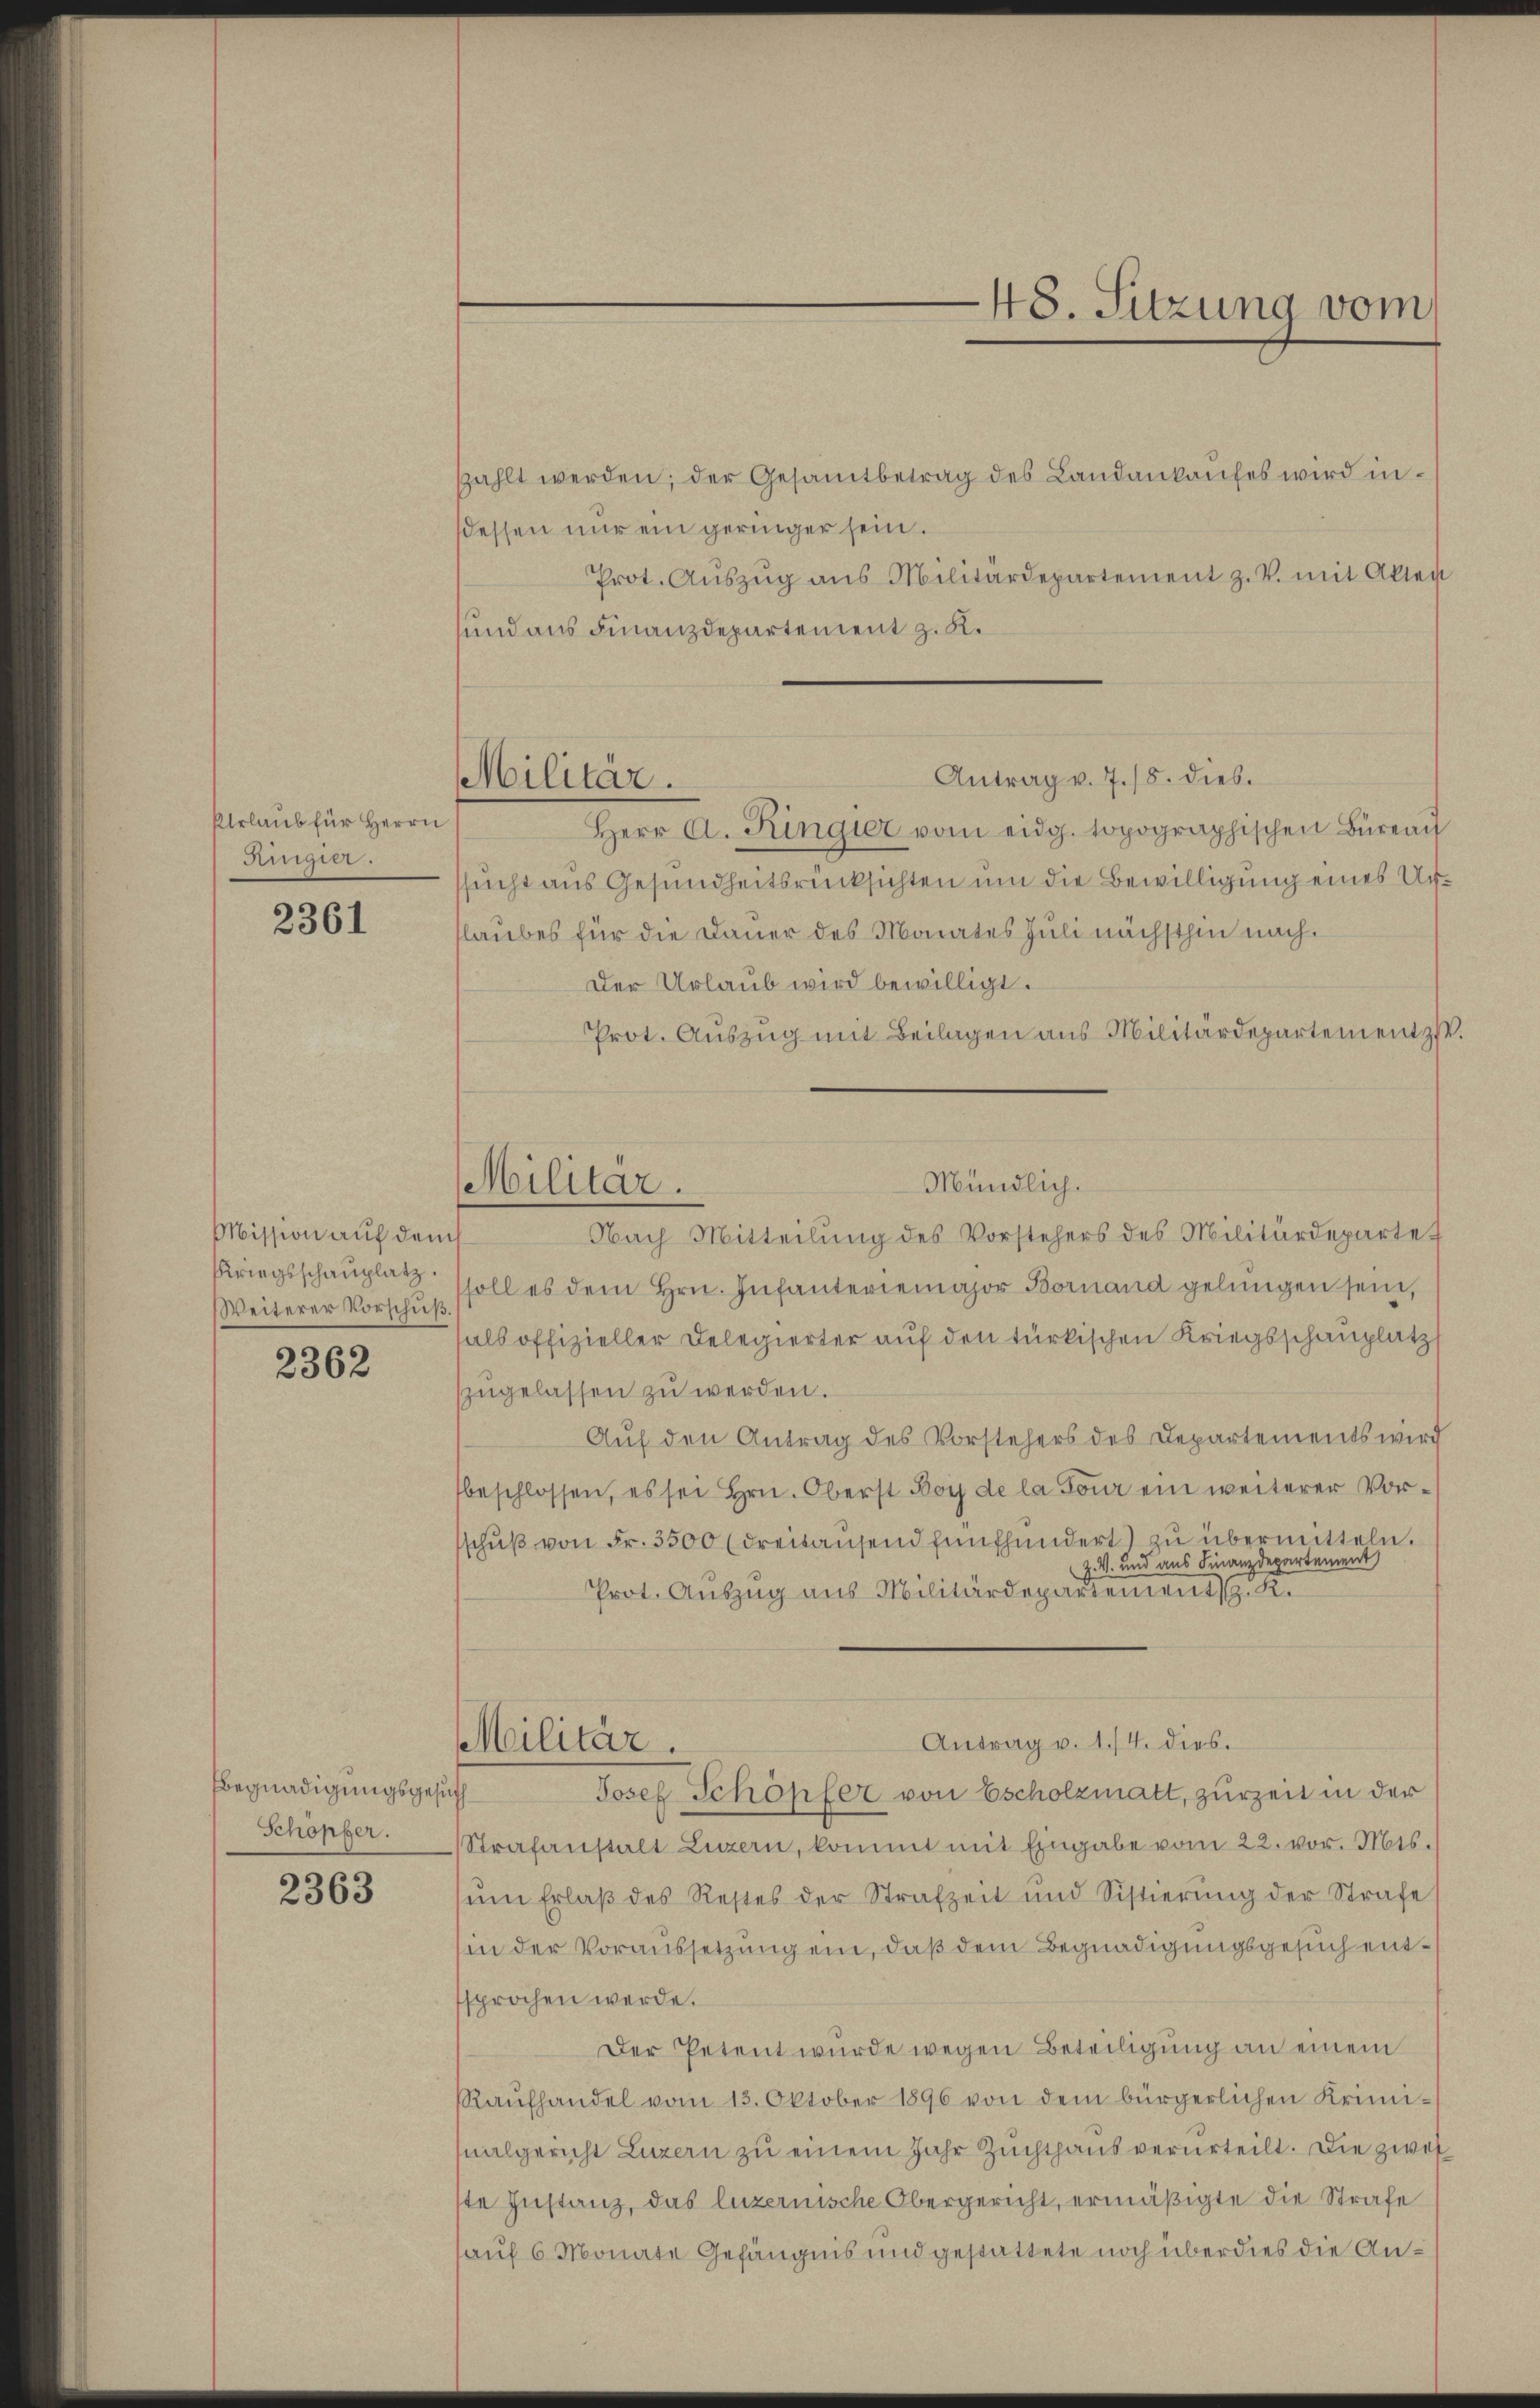
Urlaub für Herrn
Ringier.

2361

Mission auf dems
Kriegsschauplatz.
Weiterer Vorschuß.

2362

Begnadigungsgesu
Schopfer.

2363

Militär.

szahlt werden; der Gesamtbetrag des Landankaufes wird indessen nur ein geringer sein.
Prot. Aŭszŭg ans Militärdepartement z. V. mit Akten
und aus Finanzdepartement z. K.
Antrag v. 7./8. dies.
Herr A. Ringier vom eidg. topographischen Büreau
sucht aus Gesundheitsrücksichten um die Bewilligung eines Urlaubes für die Dauer des Monates Juli nächsthin nach.
Der Urlaub wird bewilligt.
Prot. Auszug mit Beilagen aus Militärdepartementzst
Mündlich.
Nach Mitteilŭng des Vorstehers des Militärdepartet
soll es dem Hrn. Infanteriemajor Bornand gelungen sein,
als offizieller Delegierter auf den türkischen Kriegsschauplatz
szŭgelassen zu werden.
Auf den Antrag des Vorstehers des Departements wird
beschlossen, es sei Hrn. Oberst Boy de la Tour ein weiterer Vorschŭβ von Fr. 3500 (dreitausend fünfhundert) zu übermitteln.
Z. V. und aus Finanzdepartement
Prot. Auszug aus Militärdepartement. K.
Antrag v. 1./4. dies.
Militär.
Josef Schöpfer von Escholzmatt, zurzeit in der
Strafanstalt Luzern, kommt mit Eingabe vom 22. vor. Mts.
sum Erlaß des Restes der Strafzeit und Sistierung der Strafe s
hin der Voraussetzung ein, daß dem Begnadigungsgesuch entsprochen werde.
Der Petent wurde wegen Beteiligung an einem
Raufhandel vom 13. Oktober 1896 von dem bürgerlichen Krimi¬
Malgericht Luzern zu einem Jahr Zuchthaus verurteilt. Die zwei
ste Instanz, das luzernische Obergericht, ermäßigte die Strafe
auf 6 Monate Gefängnis und gestattete noch überdies die An¬

Militar.

48. Sitzung vom